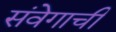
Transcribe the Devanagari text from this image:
संवेगाची